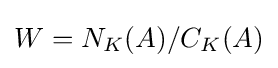
W=N_{K}(A)/C_{K}(A)